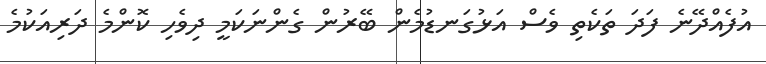
އުފެއްދޭނެ ފަދަ ތަކެތި ވެސް އަޅުގަނޑުމެން ބޭރުން ގެންނަކަމީ ދިވެހި ކޮންމެ ދަރިއަކުމެ